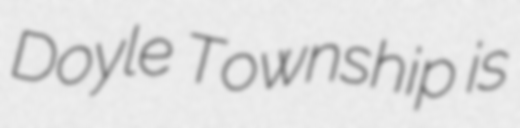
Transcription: Doyle Township is